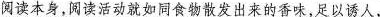
阅读本身，阅读活动就如同食物散发出来的香味，足以诱人，